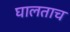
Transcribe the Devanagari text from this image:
घालताच